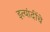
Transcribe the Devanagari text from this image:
इत्यांदींचे